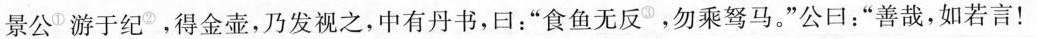
景公^①游于纪^②。得金壶，乃发视之，中有丹书，曰：”食鱼无反^③，勿乘驽马。”公口：”善哉，如若言！